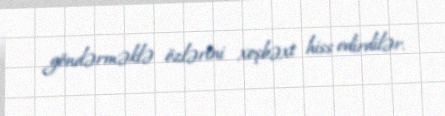
göndərməklə özlərini xoşbəxt hiss edirdilər.